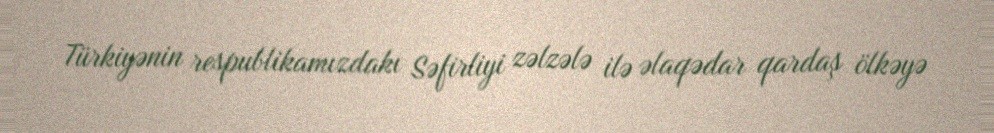
Türkiyənin respublikamızdakı Səfirliyi zəlzələ ilə əlaqədar qardaş ölkəyə